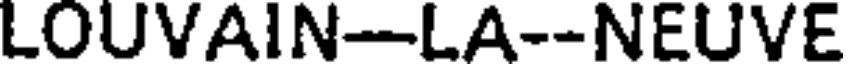
LOUVAIN-LA--NEUVE